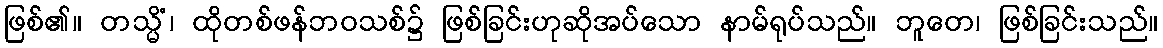
ဖြစ်၏။ တသ္မိံ၊ ထိုတစ်ဖန်ဘဝသစ်၌ ဖြစ်ခြင်းဟုဆိုအပ်သော နာမ်ရုပ်သည်။ ဘူတေ၊ ဖြစ်ခြင်းသည်။